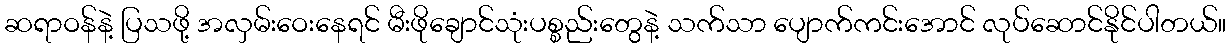
ဆရာဝန်နဲ့ ပြသဖို့ အလှမ်းဝေးနေရင် မီးဖိုချောင်သုံးပစ္စည်းတွေနဲ့ သက်သာ ပျောက်ကင်းအောင် လုပ်ဆောင်နိုင်ပါတယ်။